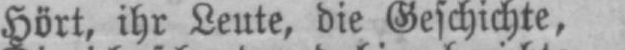
Hört, ihr Leute, die Geschichte,